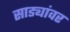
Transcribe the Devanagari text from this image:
साड्यांवर